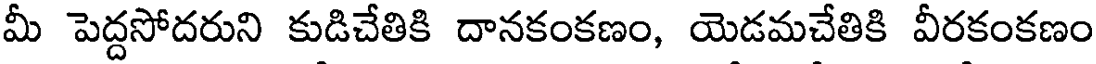
మీ పెద్దసోదరుని కుడిచేతికి దానకంకణం, యెడమచేతికి వీరకంకణం